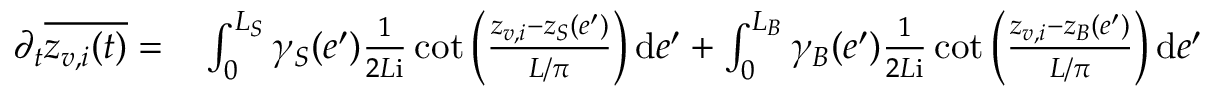
\begin{array} { r l } { \partial _ { t } \overline { { z _ { v , i } ( t ) } } = } & { { } \int _ { 0 } ^ { L _ { S } } \gamma _ { S } ( e ^ { \prime } ) \frac 1 { 2 L \mathrm { i } } \cot \Big ( \frac { z _ { v , i } - z _ { S } ( e ^ { \prime } ) } { L / \pi } \Big ) \, \mathrm { d } e ^ { \prime } + \int _ { 0 } ^ { L _ { B } } \gamma _ { B } ( e ^ { \prime } ) \frac 1 { 2 L \mathrm { i } } \cot \Big ( \frac { z _ { v , i } - z _ { B } ( e ^ { \prime } ) } { L / \pi } \Big ) \, \mathrm { d } e ^ { \prime } } \end{array}